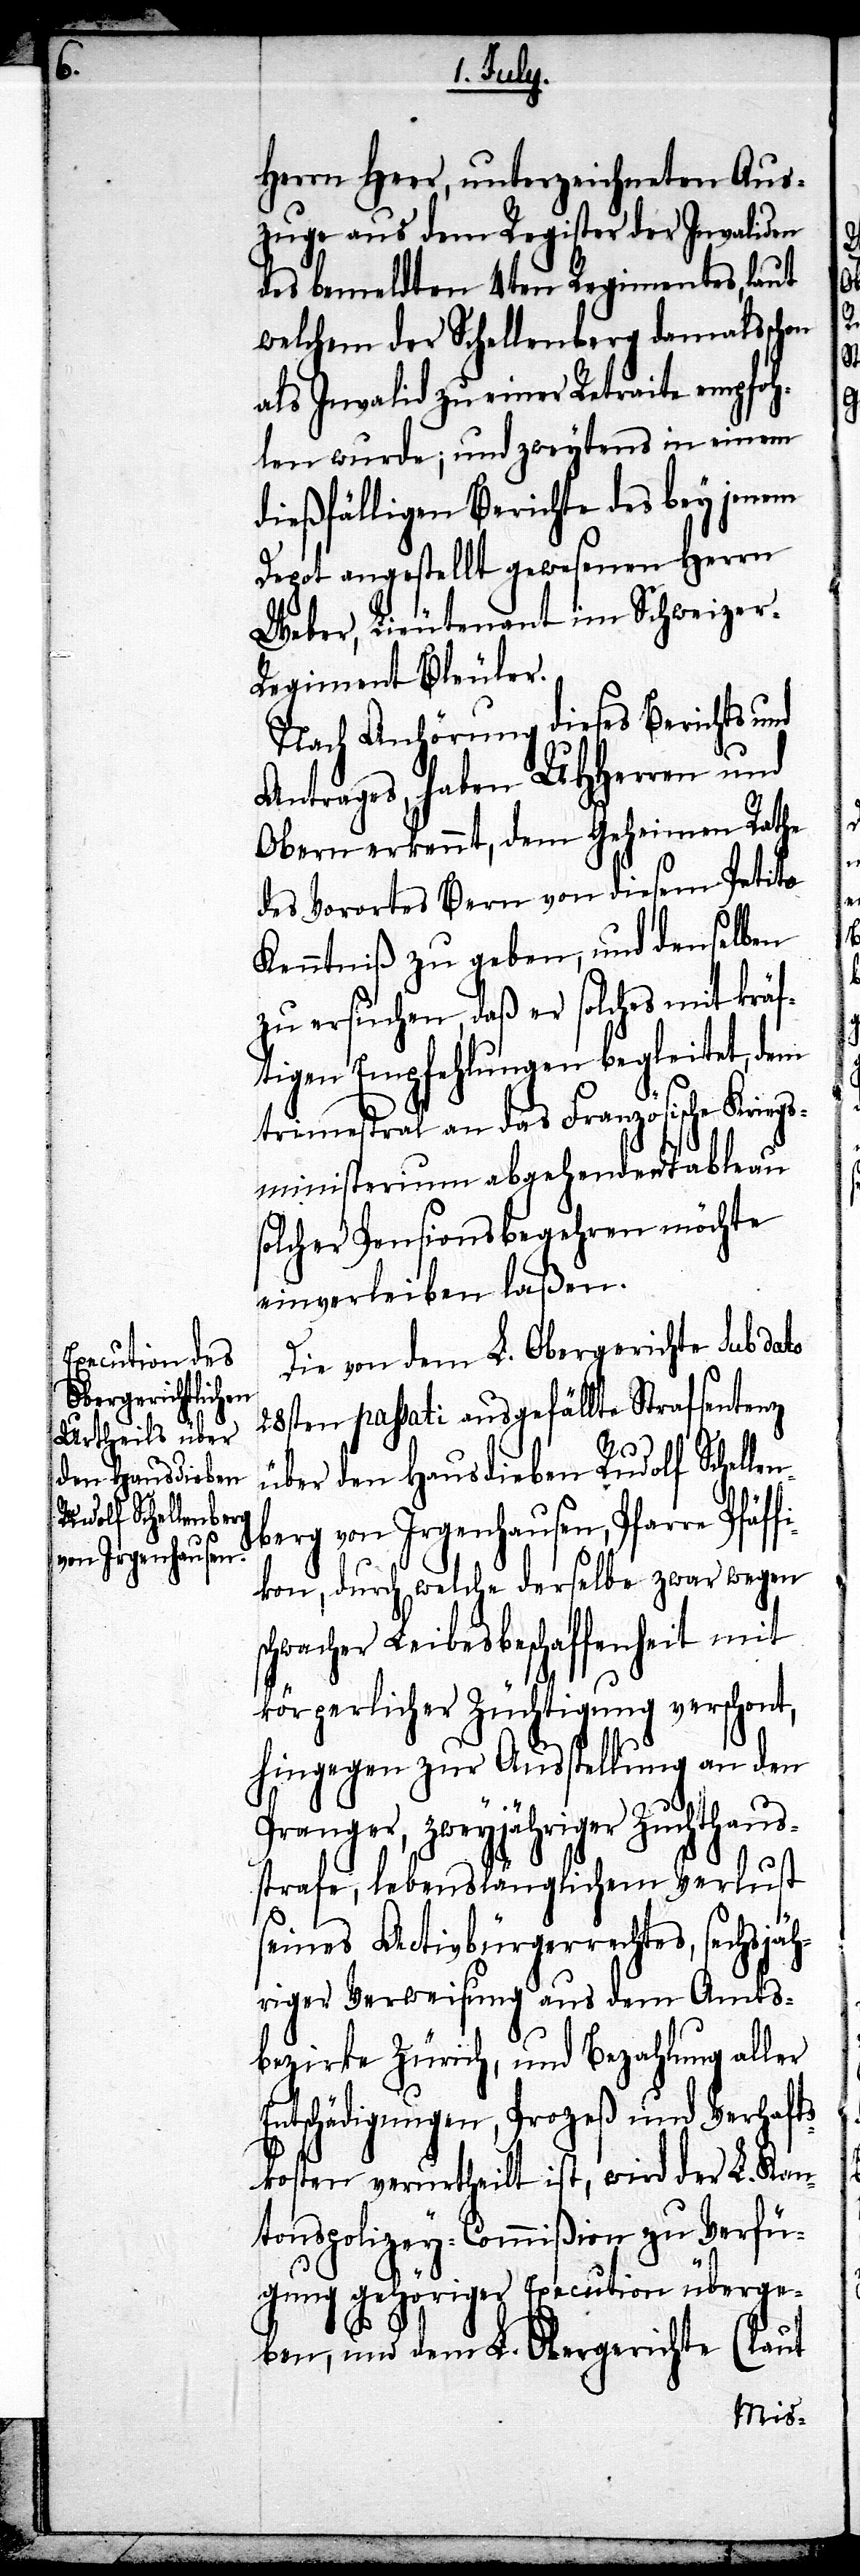
Herrn Heer, unterzeichneten Aus¬
zuge aus dem Register der Invaliden
des bemeldten 4ten Regimentes, laut
welchem der Schellenberg damals schon
als Invalid zu einer Retraite empfoh¬
len wurde; und zweytens in einem
dießfälligen Berichte des bey jenem
Depot angestellt gewesenen Herrn
Weber, Lieutenant im Schweizer-R¬
egiment Bleuler.
Nach Anhörung dieses Berichts und
Antrages, haben UHHerren und
Obern erkennt, dem Geheimen Rathe
des Vorortes Bern von diesem Petito
Kenntniß zu geben, und denselben
zu ersuchen, daß er solches mit kräf¬
tigen Empfehlungen begleitet, dem
trimestral an das Französische Kriegs¬
ministerium abgehenden Tableau
solcher Revisionsbegehren möchte
einverleiben laßen.
Die von dem L. Obergerichte sub dato
28ten passati ausgefällte Strafsentenz
äff¬
über den Hausdieben Rudolf Schellenb¬
erg von Irgenhausen, Pfarre Pf¬
ikon, durch welche derselbe zwar wegen
schwacher Leibesbeschaffenheit mit
körperlicher Züchtigung verschont,
hingegen zur Ausstellung an den
Pranger, zweyjähriger Zuchthaus¬
strafe, lebenslänglichem Verlust
seines Activbürgerrechtes, sechsjäh¬
riger Verweisung aus dem Amts¬
bezirke Zürich, und Bezahlung aller
Entschädigungen, Prozeß und Verhafts¬
kosten verurtheilt ist, wird der L. Kan¬
tonspolizey-Commißion zu Verfü¬
gung gehöriger Execution überge¬
ben, und dem L. Obergerichte (laut